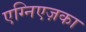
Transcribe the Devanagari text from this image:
एग्निएज़का